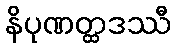
နိပုဏတ္ထဒဿီ